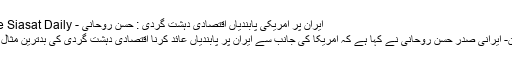
ایران پر امریکی پابندیاں اقتصادی دہشت گردی : حسن روحانی - The Siasat Daily
تہران- ایرانی صدر حسن روحانی نے کہا ہے کہ امریکا کی جانب سے ایران پر پابندیاں عائد کرنا اقتصادی دہشت گردی کی بدترین مثال ہے۔